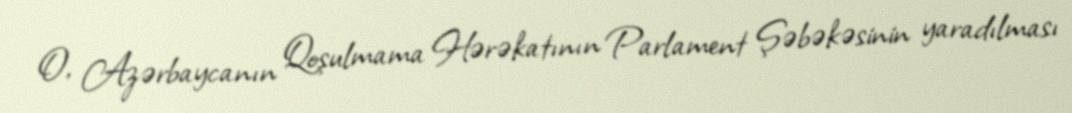
O, Azərbaycanın Qoşulmama Hərəkatının Parlament Şəbəkəsinin yaradılması